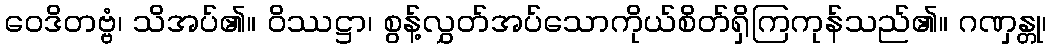
ဝေဒိတဗ္ဗံ၊ သိအပ်၏။ ဝိဿဋ္ဌာ၊ စွန့်လွှတ်အပ်သောကိုယ်စိတ်ရှိကြကုန်သည်၏။ ဂဏှန္တု၊